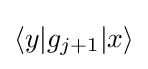
\langle y|g_{j+1}|x\rangle